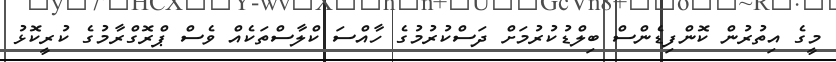
މީގެ އިތުރުން ކޮންފިޑެންސް ބިލްޑުކުރުމަށް ދަސްކުރުމުގެ ހާއްސަ ކްލާސްތަކެއް ވެސް ޕްރޮގްރާމުގެ ކުރީކޮޅު